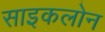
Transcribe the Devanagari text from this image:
साइकलोन